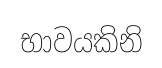
භාවයකිනි